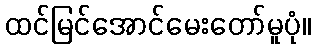
ထင်မြင်အောင်မေးတော်မူပုံ။